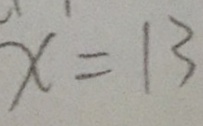
x = 1 3